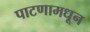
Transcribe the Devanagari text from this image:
पाटणामधून